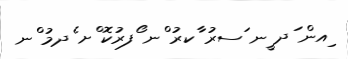
ިއން ަދ ީނ ަސރު ާކރު ްނ ޯފރުކޮ ްށ ެދމު ްނ